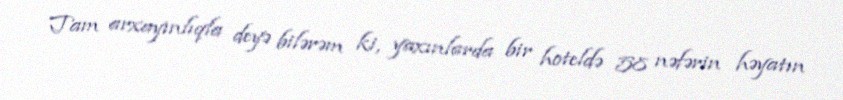
Tam arxayınlıqla deyə bilərəm ki, yaxınlarda bir hoteldə 58 nəfərin həyatın